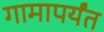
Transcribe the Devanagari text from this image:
गामापर्यंत